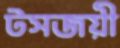
টসজয়ী